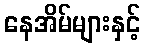
နေအိမ်များနှင့်